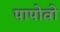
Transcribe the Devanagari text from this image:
पापोवो